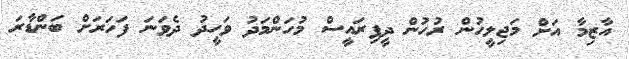
އާޒިމާ އަށް މަޖިލީހުން ރުހުން ދީފިރައީސް މުހަންމަދު ވަހީދު ދެވަނަ ފަހަރަށް ބަންޑާރަ